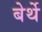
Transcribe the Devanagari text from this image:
बेर्थे